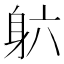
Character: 𬧡